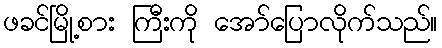
ဖခင်မြို့စား ကြီးကို အော်ပြောလိုက်သည်။